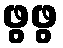
ဖွဖွ